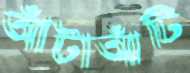
আঁটাআঁটি